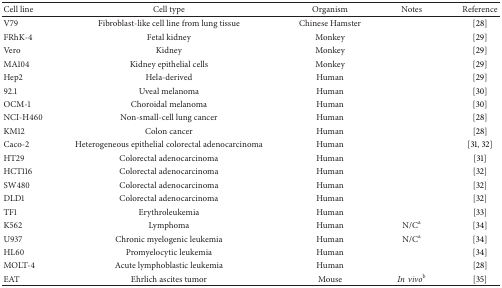
<table><thead><tr><td><b>Cell line</b></td><td><b>Cell type</b></td><td><b>Organism</b></td><td><b>Notes</b></td><td><b>Reference</b></td></tr></thead><tbody><tr><td>V79</td><td>Fibroblast-like cell line from lung tissue</td><td>Chinese Hamster</td><td> </td><td>[28]</td></tr><tr><td>FRhK-4</td><td>Fetal kidney</td><td>Monkey</td><td> </td><td>[29]</td></tr><tr><td>Vero</td><td>Kidney</td><td>Monkey</td><td> </td><td>[29]</td></tr><tr><td>MA104</td><td>Kidney epithelial cells</td><td>Monkey</td><td> </td><td>[29]</td></tr><tr><td>Hep2</td><td>Hela-derived</td><td>Human</td><td> </td><td>[29]</td></tr><tr><td>92.1</td><td>Uveal melanoma</td><td>Human</td><td> </td><td>[30]</td></tr><tr><td>OCM-1</td><td>Choroidal melanoma</td><td>Human</td><td> </td><td>[30]</td></tr><tr><td>NCI-H460</td><td>Non-small-cell lung cancer</td><td>Human</td><td> </td><td>[28]</td></tr><tr><td>KM12</td><td>Colon cancer</td><td>Human</td><td> </td><td>[28]</td></tr><tr><td>Caco-2</td><td>Heterogeneous epithelial colorectal adenocarcinoma</td><td>Human</td><td> </td><td>[31, 32]</td></tr><tr><td>HT29</td><td>Colorectal adenocarcinoma</td><td>Human</td><td> </td><td>[31]</td></tr><tr><td>HCT116</td><td>Colorectal adenocarcinoma</td><td>Human</td><td> </td><td>[32]</td></tr><tr><td>SW480</td><td>Colorectal adenocarcinoma</td><td>Human</td><td> </td><td>[32]</td></tr><tr><td>DLD1</td><td>Colorectal adenocarcinoma</td><td>Human</td><td> </td><td>[32]</td></tr><tr><td>TF1</td><td>Erythroleukemia</td><td>Human</td><td> </td><td>[33]</td></tr><tr><td>K562</td><td>Lymphoma</td><td>Human</td><td>N/C<sup>a</sup></td><td>[34]</td></tr><tr><td>U937</td><td>Chronic myelogenic leukemia</td><td>Human</td><td>N/C<sup>a</sup></td><td>[34]</td></tr><tr><td>HL60</td><td>Promyelocytic leukemia</td><td>Human</td><td> </td><td>[34]</td></tr><tr><td>MOLT-4</td><td>Acute lymphoblastic leukemia</td><td>Human</td><td> </td><td>[28]</td></tr><tr><td>EAT</td><td>Ehrlich ascites tumor</td><td>Mouse</td><td><i>Invivo </i><sup>b</sup></td><td>[35]</td></tr></tbody></table>